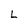
Character: L